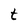
Character: t